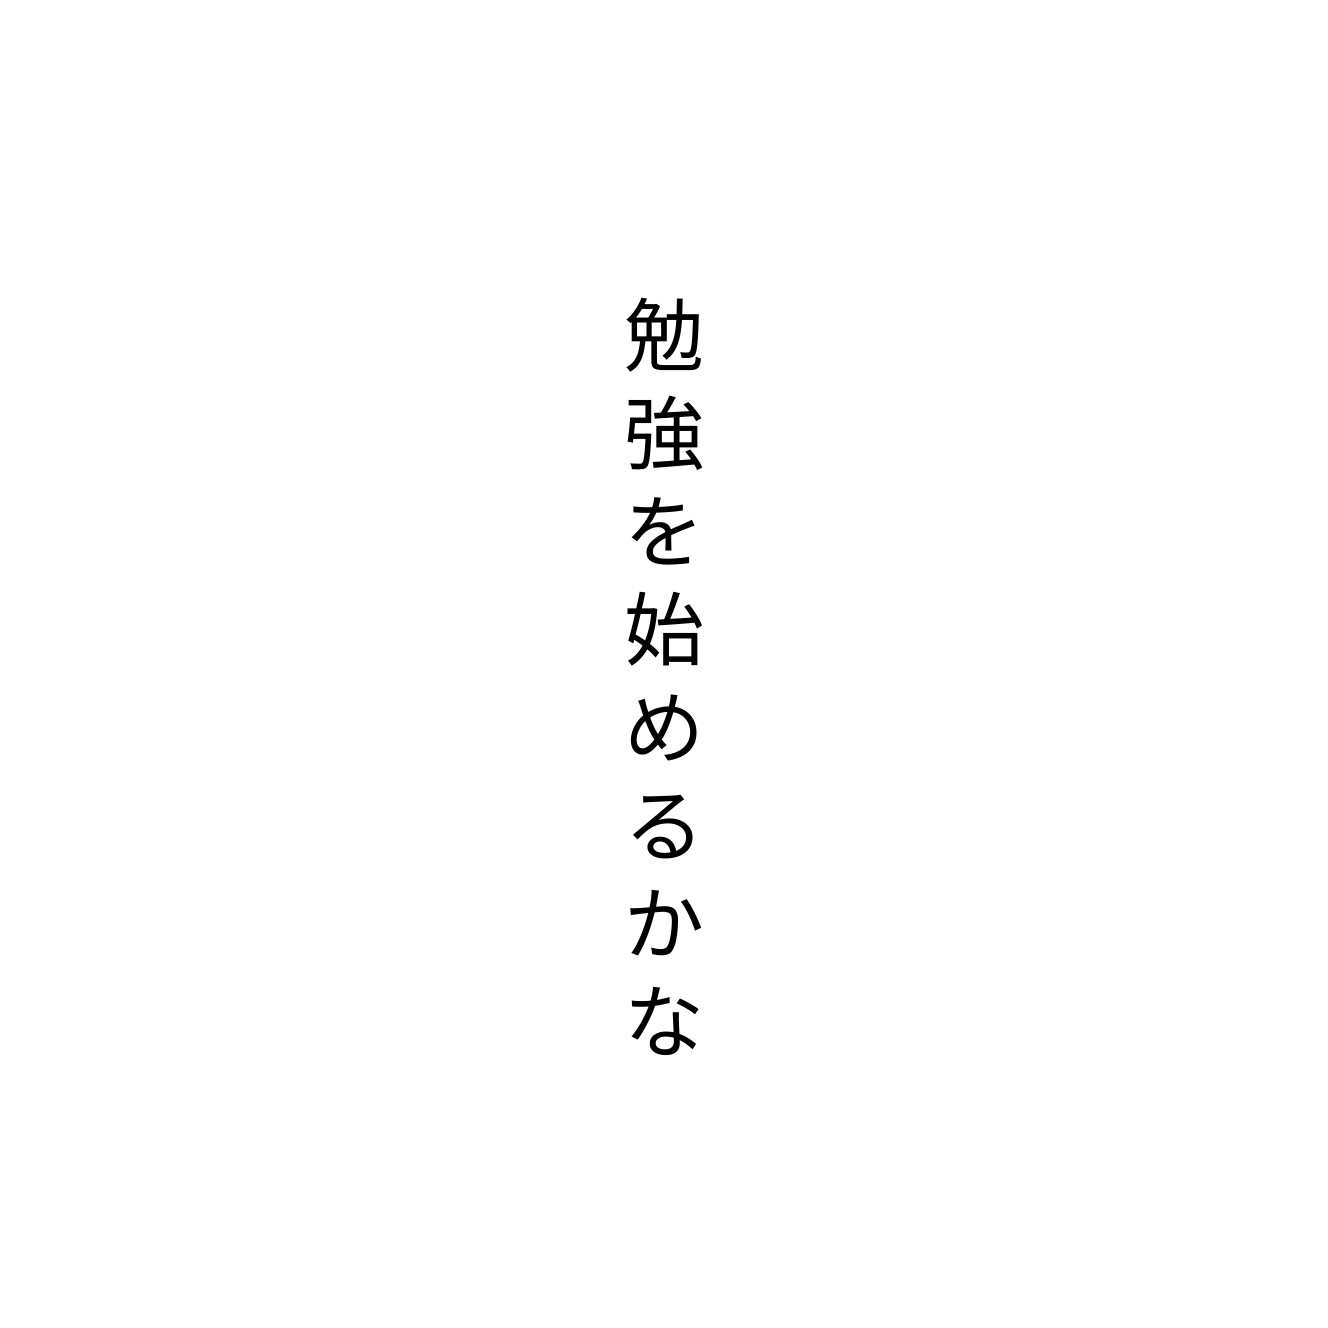
勉強を始めるかな